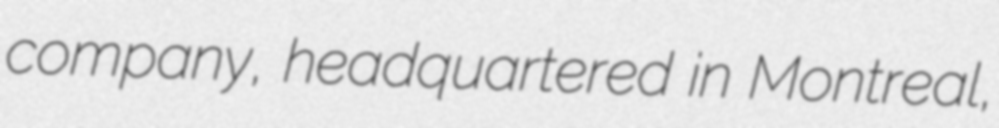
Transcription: company, headquartered in Montreal,